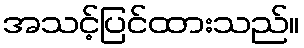
အသင့်ပြင်ထားသည်။